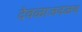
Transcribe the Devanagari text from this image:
देवळाजवळच